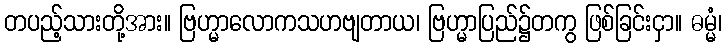
တပည့်သားတို့အား။ ဗြဟ္မာလောကသဟဗျတာယ၊ ဗြဟ္မာပြည်၌တကွ ဖြစ်ခြင်းငှာ။ ဓမ္မံ၊